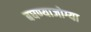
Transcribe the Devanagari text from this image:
बघण्याजोग्या